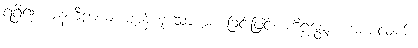
ရရှိ၍။ ဈနကီဠာယ၊ ဈာန်ဟူသောကစားခြင်းဖြင့်။ ကီဠန္တော၊ ကစားလျက်။